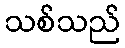
သစ်သည်